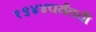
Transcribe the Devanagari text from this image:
१९४४पर्यंतची